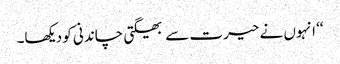
‘‘ انہوں نے حیرت سے بھیگتی چاندنی کو دیکھا۔